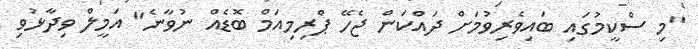
"މި ސްކީމުގައި ބައިވެރިވުމަށް ދައްކަން ޖެހޭ ޕްރިމިއަމް ބޮޑެއް ނުވާނެ" އަމީލް ވިދާޅުވި